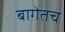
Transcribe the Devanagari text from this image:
बागेतच